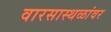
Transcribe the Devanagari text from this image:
वारसास्थळांवर